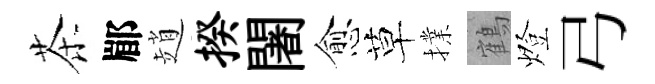
茶郿趙揆闍愈草擈鶴燈弓